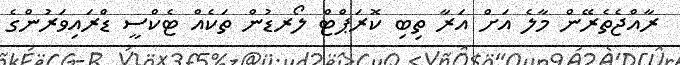
ރާއްޖެތެރޭން މާލެ އަށް އަރާ ތިބި ކޮރަޕްޓް ލޯރޑުން ތަކެއް ޓެކްސީ ޑްރައިވަރުންގެ